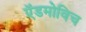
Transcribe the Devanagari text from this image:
ऍडमोविच